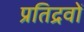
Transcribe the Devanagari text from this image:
प्रतिद्रवों